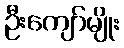
ဦးကျော်မျိုး